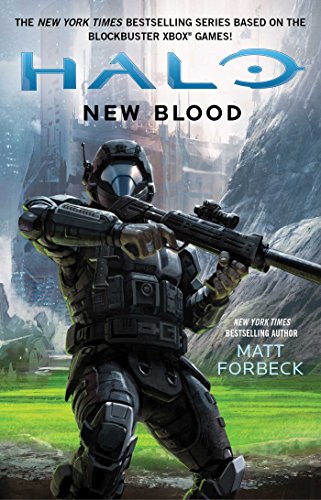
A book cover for New Blood (HALO); Matt Forbeck; Science Fiction & Fantasy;